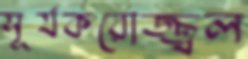
সূর্যকরোজ্জ্বল